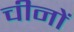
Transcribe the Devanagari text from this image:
चीनों